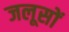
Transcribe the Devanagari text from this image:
जलूसों